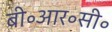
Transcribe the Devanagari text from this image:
बी॰आर॰सी॰